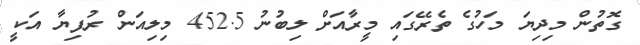
ގޮތުން މިދިޔަ މަހުގެ ތެރޭގައި މީރާއަށް ލިބުނު 452.5 މިލިއަން ރުފިޔާ އަކީ